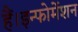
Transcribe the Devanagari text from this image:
हैं।इन्फोर्मेशन